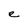
Character: e